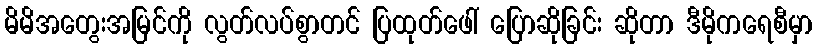
မိမိအတွေးအမြင်ကို လွတ်လပ်စွာတင် ပြထုတ်ဖေါ် ပြောဆိုခြင်း ဆိုတာ ဒီမိုကရေစီမှာ